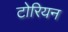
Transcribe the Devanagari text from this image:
टोरियन